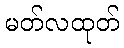
မတ်လထုတ်